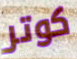
كوتر